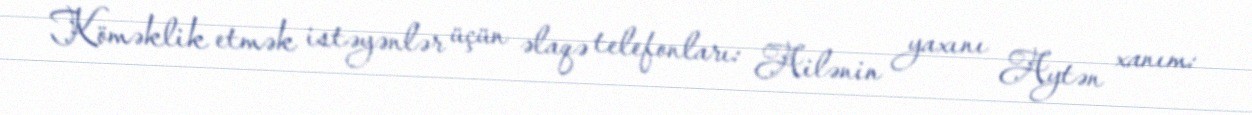
Köməklik etmək istəyənlər üçün əlaqə telefonları: Ailənin yaxını Aytən xanım: